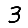
Digit: 3